Civil Veterinary Dept. Bombay admin report 1900-1906 - 1900-1906
Year: 1900
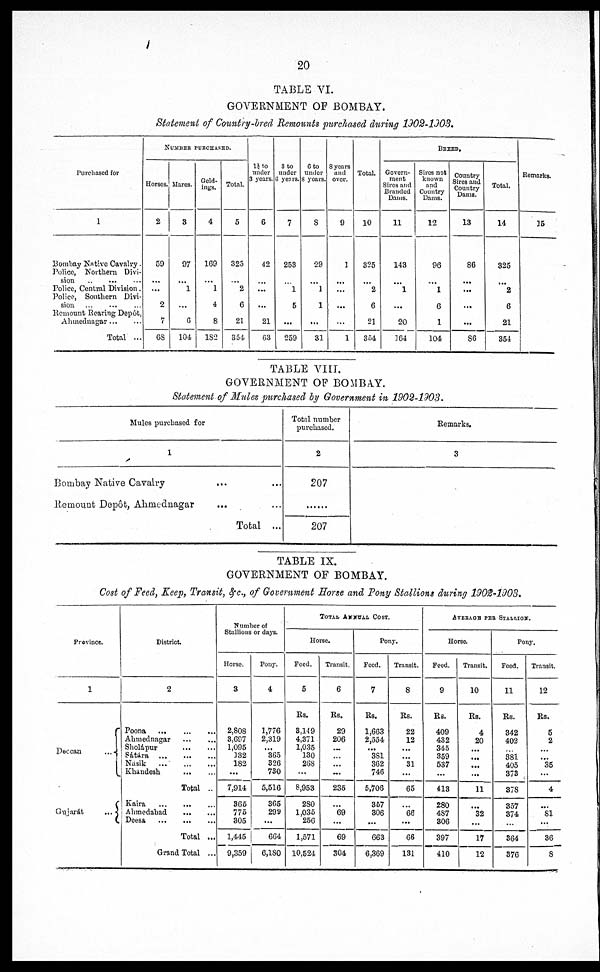
20
TABLE VI.
GOVERNMENT OF BOMBAY.
Statement of Country-bred Remounts purchased during 1902-1903.
Purchased for
1
Bombay Native Cavalry.
Police, Northern Divi-
sion … … …
Police, Central Division.
Police, Southern Divi-
sion … … …
Remount Rearing Depôt.
Ahmednagar … …
Total ...
NUMBER PURCHASED.
Horses.
2
59
...
...
2
7
68
Marcs.
3
97
...
1
...
6
104
Geld-
ings.
4
169
...
1
4
8
182
Total.
5
325
...
2
6
21
854
1½ to
under
3 years.
6
42
…
...
...
21
63
3 to
under
6 years.
7
253
…
1
5
...
259
6 to
under
8 years.
8
29
…
1
1
...
31
8 years
and
over.
9
1
...
…
...
1
Total.
10
325
...
2
6
21
354
BREED.
Govern-
ment
Sires and
Branded
Dams.
11
143
...
1
...
20
164
Sires not
known
and
Country
Dams.
12
96
...
1
6
1
104
Country
Sires and
Country
Dams.
13
86
...
...
...
...
86
Total.
14
325
...
2
6
21
354
Remarks.
]5
TABLE VIII.
GOVERNMENT OF BOMBAY.
Statement of Mules purchased by Government in 1902-1903.
Mules purchased for
1
Bombay Native Cavalry … …
Remount Depôt, Ahmednagar … …
Total ...
Total number
purchased.
2
207
207
Remarks.
3
TABLE IX.
GOVERNMENT OF BOMBAY.
Cost of Feed, Keep, Transit, &c., of Government Horse and Pony Stallions during 1902-1903.
Province.
1
Deccan
...
Gujarát
...
District
2
Poona … … …
Ahmednagar … …
Sholápur … …
Sátára … … …
Násik … … …
Khándesh … …
Total ..
Kaira … … …
Ahmedabad … …
Deesa … … …
Total ...
Grand Total ...
Number of
Stallions or days.
Horse.
3
2,808
3,697
1,095
132
182
...
7,914
365
775
305
1,445
9,359
Pony.
4
1,776
2,319
...
365
326
730
5,516
365
299
...
664
6,180
TOTAL ANNUAL COST
Horse.
Feed.
5
Rs.
3,149
4,371
1,035
130
268
...
8,953
280
1,035
256
1,571
10,524
Transit.
6
Rs.
29
206
…
…
…
…
235
…
69
…
69
304
Pony.
Feed.
7
Rs.
1,663
2,554
...
381
362
746
5,706
367
306
…
663
6,369
Transit.
8
Rs.
22
12
...
...
31
...
65
...
66
...
66
131
AVERAGE PER STALLION.
Horse.
Feed.
9
Rs.
409
432
345
359
537
...
413
280
487
306
397
410
Transit.
10
Rs.
4
20
...
...
...
...
11
…
32
...
17
12
Pony.
Feed.
11
Rs.
342
402
…
381
405
373
378
357
374
…
364
376
Transit.
12
Rs.
5
2
…
...
35
…
4
…
81
...
36
8